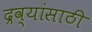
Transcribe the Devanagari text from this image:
द्रव्यांसाठी